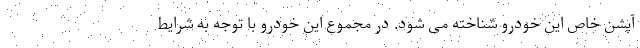
آپشن خاص این خودرو شناخته می شود. در مجموع این خودرو با توجه به شرایط